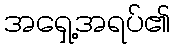
အရှေ့အရပ်၏